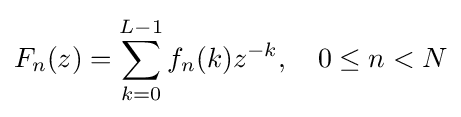
F_{n}(z)=\sum _{k=0}^{L-1}f_{n}(k)z^{-k},\quad 0\leq n<N